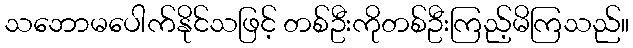
သဘောမပေါက်နိုင်သဖြင့် တစ်ဦးကိုတစ်ဦးကြည့်မိကြသည်။